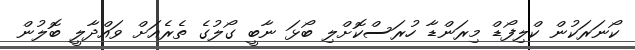
ކޯނަރަކުން ކްލިފޯޑް މިރަންޑާ ހުރަސްކޮށްލި ބޯޅަ ނާބީ ގޯލުގެ ތެރެއަށް ވައްދާލީ ބޮލުން